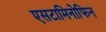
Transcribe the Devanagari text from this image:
एसटामिनोफिन